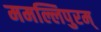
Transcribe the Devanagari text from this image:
ममल्लिपुरम्